Madras plague regulations in force outside the Presidency town - Volume 7
Disease focus: Plague
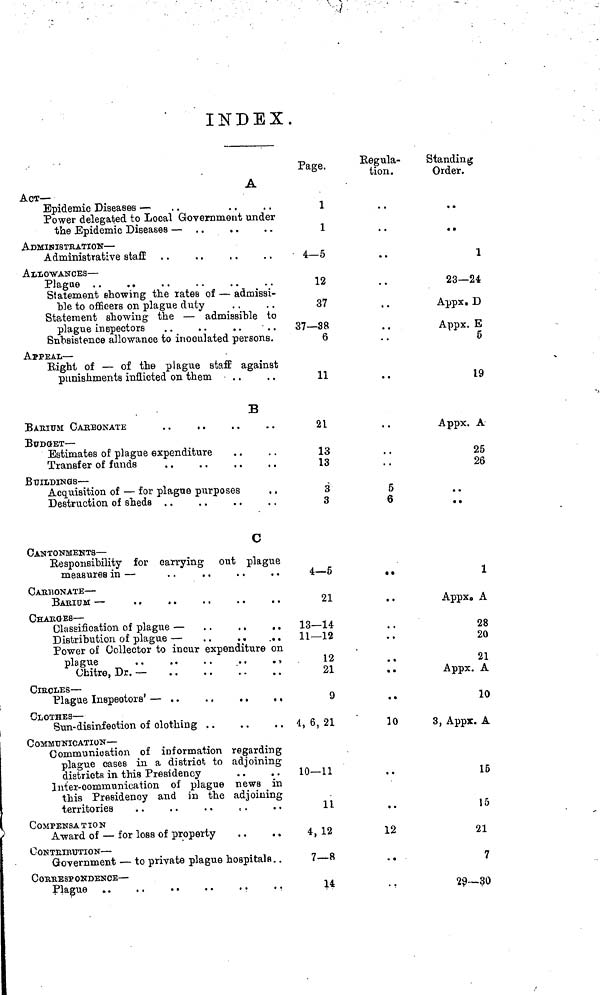
INDEX.
A
ACT—
Epidemic Diseases —
Power delegated to Local Government under
the Epidemic Diseases —
ADMINISTRATION —
Administrative staff . .
ALLOWANCES —
Statement showing the rates of — admissi-
ble to officers on plague duty
Statement showing the — admissible to
plague inspectors
Subsistence allowance to inoculated persons.
APPEAL —
Right of — of the plague staff against
punishments inflicted on them
B
BARIUM CARBONATE
BUDGET —
Estimates of plague expenditure
Transfer of funds
. .
BUILDINGS —
Acquisition of — for plague purposes
Destruction of sheds
C
CANTONMENTS —
Responsibility for carrying out plague
measures in —
. .
. .
CARBONATE —
BARIUM —
CHARGES —
Classification of plague — . .
. .
. .
Distribution of plague —
. .
Power of Collector to incur expenditure on
plague
..
..
..
..
.
Obitre, Dr. —
CIRCLES —
Plague Inspeotors' — . .
. .
. .
. ,
CLOTHES —
Sun-disinfection of clothing
C OMMUNICATION —
Communication of information regarding
plague cases in a district, to adjoining
districts in this Presidency
Inter-communication of plague news in
this Presidency and in the adjoining
territories
COMPENSATION
Award of — for loss of property
CONTRIBUTION —
Government — to private plague hospitals. .
CORRESPONDENCE —
Paee. o
1
1
4—5
12
37
37—38
6
11
21
13
13
3
3
4—5
21
13—14
11—12
12
21
9
4, 6, 21
10—11
11
4, 12
7—8
14
Regula-
tion.
••
••
5
6
• •
..
, ,
. ,
..
..
10
, .
..
12
..
Standing
Order.
1
23- 24
Appx, D
Appx. E
5
19
Appx. A
25
26
..
••
1
Appx. A
28
20
21
Appx. A
10
3, Appx. A
15
15
21
7
29—30